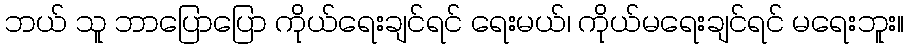
ဘယ် သူ ဘာပြောပြော ကိုယ်ရေးချင်ရင် ရေးမယ်၊ ကိုယ်မရေးချင်ရင် မရေးဘူး။